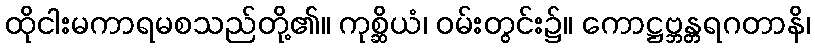
ထိုငါးမကာရမစသည်တို့၏။ ကုစ္ဆိယံ၊ ဝမ်းတွင်း၌။ ကောဋ္ဌဗ္ဘန္တရဂတာနိ၊